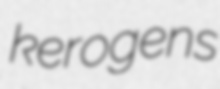
kerogens